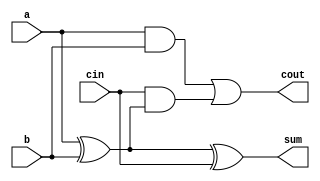
/*
 * Gate Level 1-Bit Full Adder
 * ---------------------------
 * By: Thomas Carpenter
 * For: University of Leeds
 *
 * Description
 * -----------
 * This is a basic Full-Adder circuit built in Verilog using
 * built-in primitives. This is a basic example of Gate Level
 * design.
 *
 */

module Adder1Bit (
    // Declare input and output ports
    input  a,
    input  b,
    input  cin,
    output cout,
    output sum
);
    // Declare several single-bit wires that we can
    // use to interconnect the gates. You can use
    // any name you like as long as it contains only
    // a-z, A-Z, underscore (_), and 0-9. Names can't
    // start with a digit.
    wire link1,link2,link3;

    // Instantiate gates to calculate sum output
    xor(link1,a,b);
    xor(sum,link1,cin);

    // Instantiate gates to calculate carry (cout) output
    and(link2,a,b);
    and(link3,cin,link1);
    or (cout,link2,link3);

endmodule